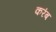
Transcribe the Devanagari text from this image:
करंब